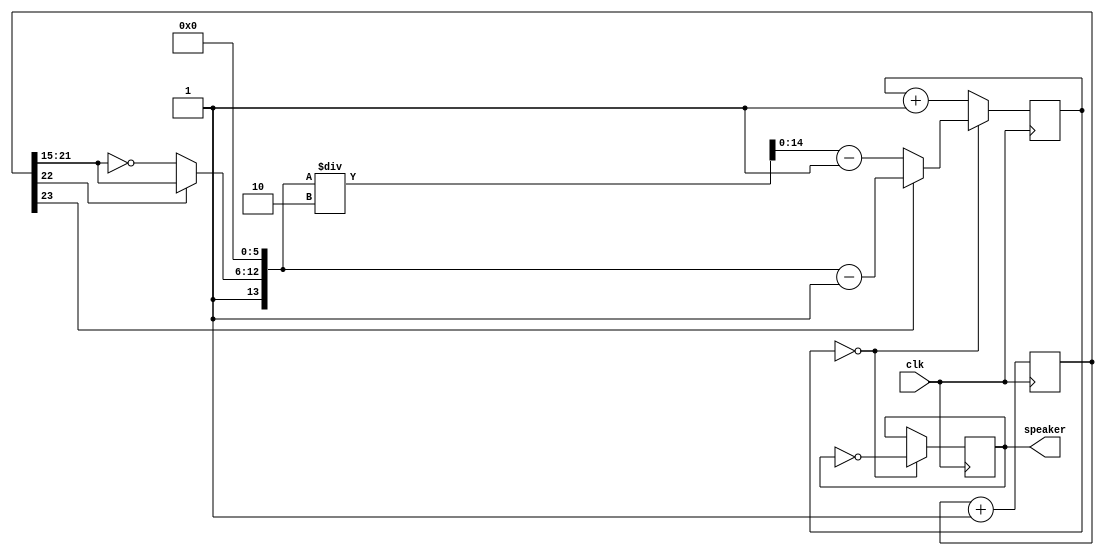
module music(clk, speaker);
   initial begin
      $dumpfile("siren.vcd");
      $dumpvars(0,music);
   end
   
   input clk;
   output speaker;
   //if tone[22]=1, ramp counts up, if =0, ramp counts down by inv
   wire [6:0] ramp = (tone[22] ? tone[21:15] : ~tone[21:15]);
   wire [14:0] clkdivider={2'b01, ramp, 6'b000000}; //28409 for ambulance
   //counter counts down from clkdivider to 0

   initial begin
      speaker =0;
      tone[23:0] =0;
      counter[14:0] =0;
   end
   
   reg [23:0] tone;
   always @(posedge clk) 
     tone <=tone+1;

   reg [14:0] counter;
   always @(posedge clk)
     if(counter == 0)
       counter <=(tone[23] ? clkdivider-1 : clkdivider/2-1);
     else
       counter <=counter+1;

   reg speaker;
   always @(posedge clk)
     if(counter ==0)
       speaker <=~speaker;

endmodule